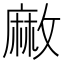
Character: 䵇